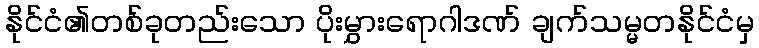
နိုင်ငံ၏တစ်ခုတည်းသော ပိုးမွှားရောဂါဒဏ် ချက်သမ္မတနိုင်ငံမှ